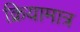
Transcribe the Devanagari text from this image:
क्रियामात्र